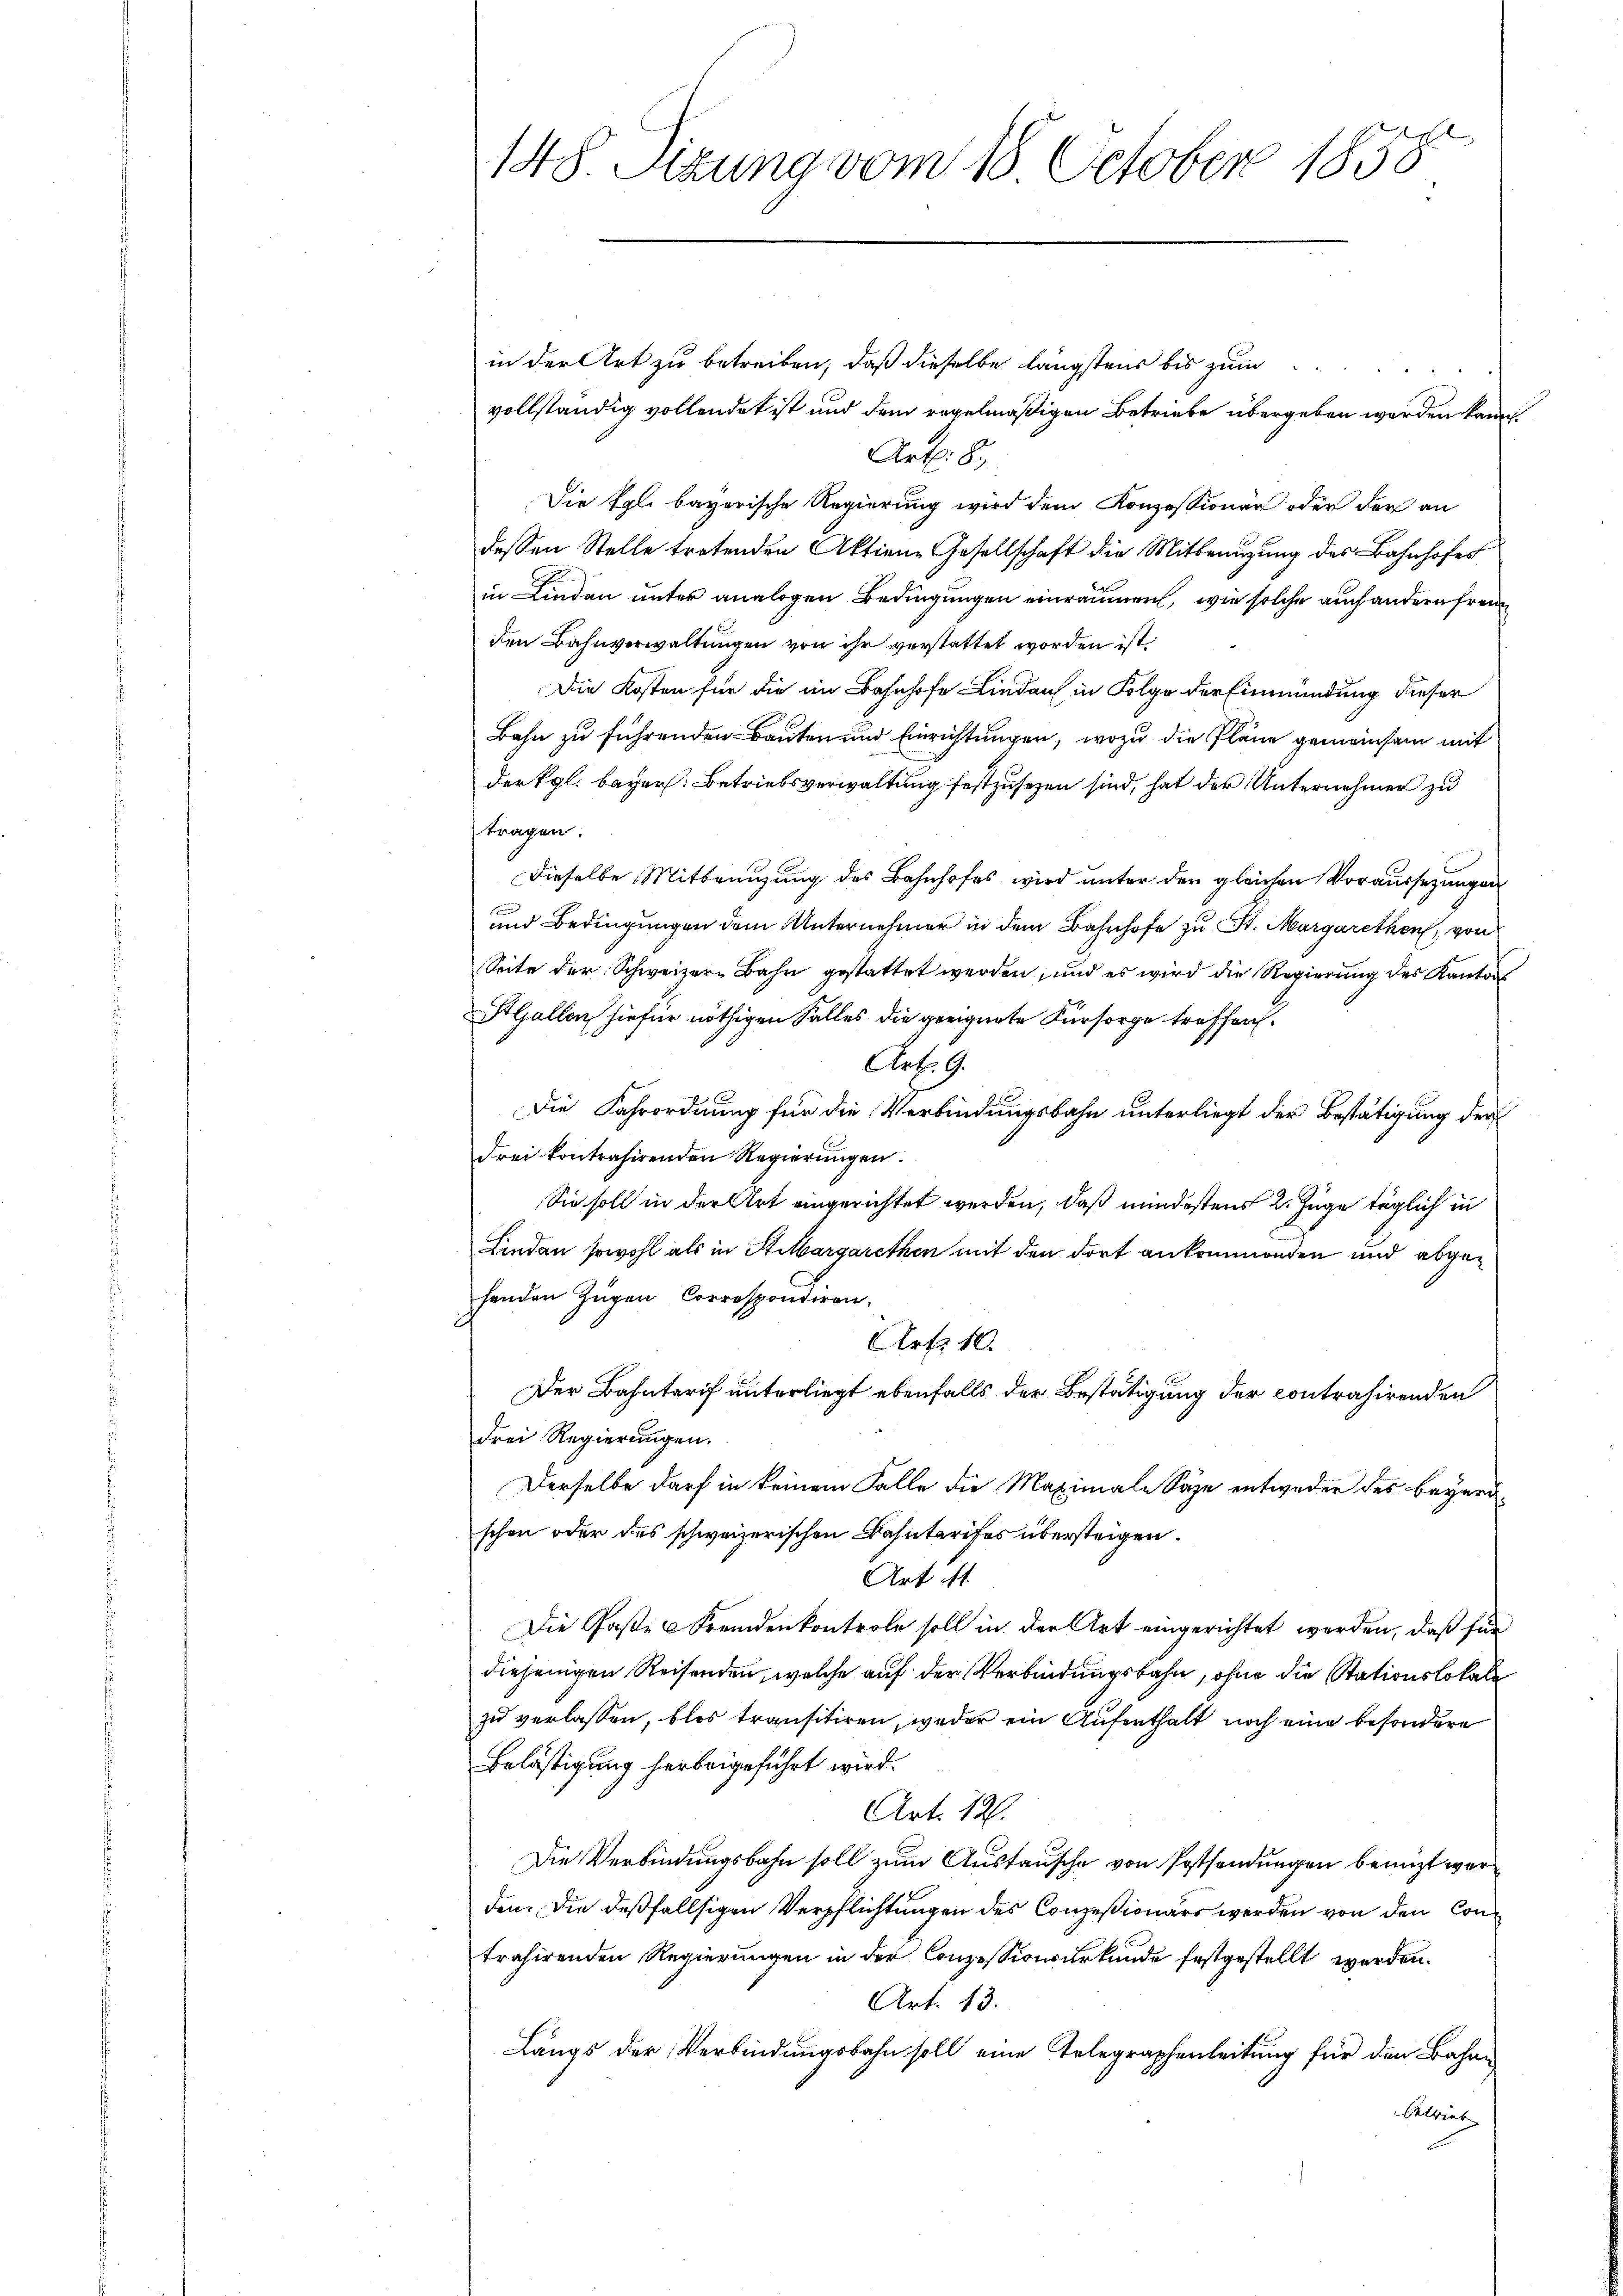
in der Art zu betreiben, daß dieselbe längstens bis zum
vollständig vollendet ist und dem regelmäßigen Betriebe übergeben werden kann.
Art: 8.
Die Egli bayerische Regierung wird dem Konzessionär oder der an
dessen Stelle tretenden Aktien-Gesellschaft die Mitbenutzung des Bahnhofes
in Linden unter analogen Bedingungen einräumen, wie solche auch andern frem
den Bahnverwaltungen von ihr verstattet worden ist,
Die Kosten für die im Bahnhofe Lindau in Folge der Einmündung dieser
Bahn zu führenden Bauten und Einrichtungen, wozu die Pläne gemeinsam mit
der Kgl. bayer. Betriebsverwaltung festzusehen sind, hat der Unternehmer zu
tragen.
Dieselbe Mittengung des Bahnhofes wird unter den gleichen Voraussezungen
und Bedingungen dem Unternehmer in dem Bahnhofe zu St. Margarethen, von
Seite der Schweizer-Bahn gestattet werden, und es wird die Regierung des Kantons
AGallen hiefür nöthigen Falles die geeignete Fürsorge troffen.
Art. 9.
Die Fahrordnung für die Verbindungsbahn unterliegt der Bestätigung der
drei kontrahirenden Regierungen.
Sie soll in der Art eingerichtet werden, daß mindestens 2. Zuge täglich in
Lindau sowohl als in Stilbargarethen mit den dort ankommenden und abgehenden Zügen Correspondiren.
Art. 10.
Der Bahntarif unterliegt ebenfalls der Bestätigung der contrahirenden
drei Regierungen.
Derselbe darf in keinem Falle die Maximale Säge entweder des beyerschen oder des schweizerischen Bahntarifes übersteigen.
Art ist.
Die Gaße Fremden kontrole soll in der Art eingerichtet werden, daß für
diejenigen Reisenden, welche auf der Verbindungsbahn, ohne die Stationslokale
zu verlassen, blos transitiren, weder ein Aufenthalt noch eine besondere
Belästigung herbeigeführt wird.
Art. 126.
Die Verbindungsbahn soll zum Austausche von Postsendungen benuzt wer
den. Die deßfallsigen Verpflichtungen des Conzesionärs werden von den Contrahirenden Regierungen in der Conzessionsurkunde festgestellt werden.
Art. 13.
Längs der Verbindungsbahn soll eine Telegraphenleitung für den Bahne
Calvint

148. Sizung vom 18. October 1858